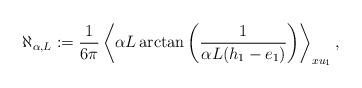
LaTeX: \begin{align*}\aleph_{\alpha,L} := \frac{1}{6 \pi } \left\langle\alpha L\arctan\left(\frac{1}{\alpha L (h_1 - e_1)}\right) \right\rangle_{x u_1}, \end{align*}